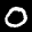
Label: 0